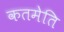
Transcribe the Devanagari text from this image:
कतमेति